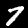
Digit: 7